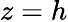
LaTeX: z=h